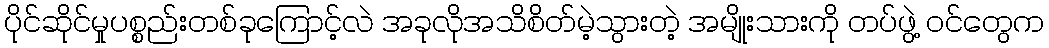
ပိုင်ဆိုင်မှုပစ္စည်းတစ်ခုကြောင့်လဲ အခုလိုအသိစိတ်မဲ့သွားတဲ့ အမျိုးသားကို တပ်ဖွဲ့ ဝင်တွေက